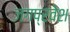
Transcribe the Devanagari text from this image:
जगप्रवेश